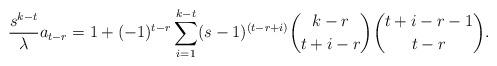
LaTeX: \begin{align*}\frac{s^{k-t}}{\lambda}a_{t-r}=1+(-1)^{t-r}\sum_{i=1}^{k-t} (s-1)^{(t-r+i)}{ k-r \choose t+i-r}{ t+i-r-1 \choose t-r}.\end{align*}